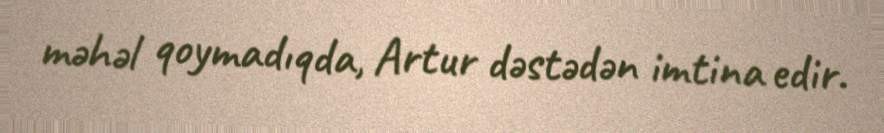
məhəl qoymadıqda, Artur dəstədən imtina edir.